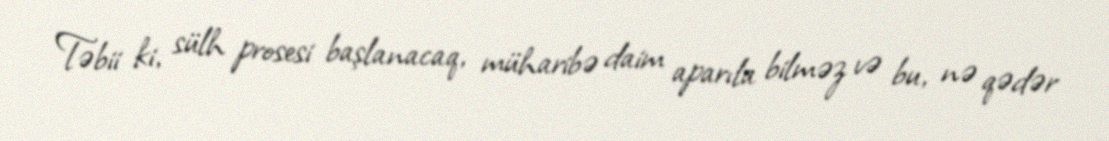
Təbii ki, sülh prosesi başlanacaq, müharibə daim aparıla bilməz və bu, nə qədər